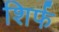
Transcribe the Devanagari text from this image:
शिर्फ